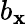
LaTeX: b_{\mathbf{x}}